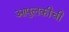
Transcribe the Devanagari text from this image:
आपुलकीची